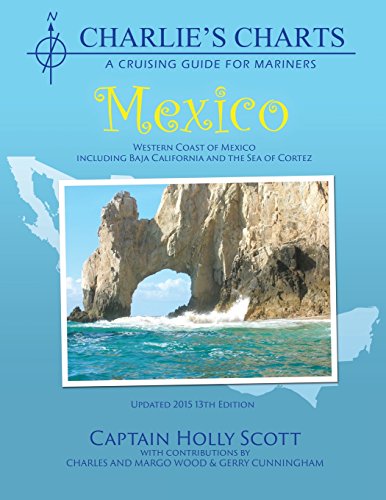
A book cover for Charlie's Charts: WESTERN COAST OF MEXICO AND BAJA; Holly Scott; Travel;